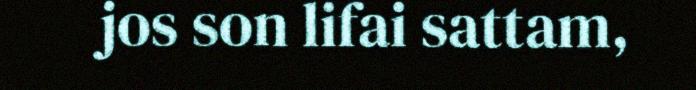
jos son lifai sattam,